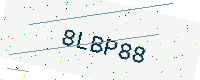
Text: 8LBP88